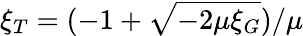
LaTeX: \xi_{T}=(-1+\sqrt{-2\mu\xi_{G}})/\mu